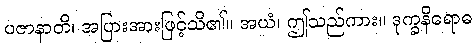
ပဇာနာတိ၊ အပြားအားဖြင့်သိ၏။ အယံ၊ ဤသည်ကား။ ဒုက္ခနိရောဓ